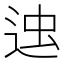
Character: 𨒷